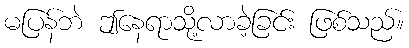
မပြန်ဘဲ ဤနေရာသို့လာခဲ့ခြင်း ဖြစ်သည်။